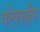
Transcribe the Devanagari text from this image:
वरेक्सहैम